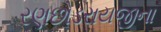
રણછોડરાયજીના